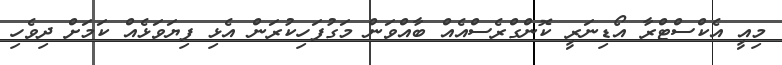
މިއީ އެކްސްޓްރާ އޯޑިނަރީ ކޮންގްރެސްއެއް ބާއްވަން މަގުފަހިކުރަން އެޅި ފިޔަވަޅެއް ކަމަށް ދިވެހި